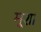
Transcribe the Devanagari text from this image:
मूशा